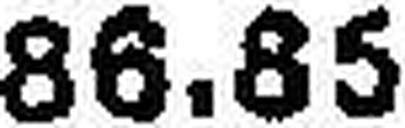
86.85